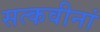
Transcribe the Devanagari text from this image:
सत्कवीनां